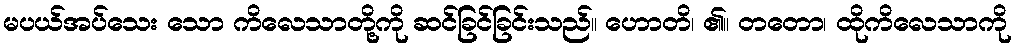
မပယ်အပ်သေး သော ကိလေသာတို့ကို ဆင်ခြင်ခြင်းသည်။ ဟောတိ၊ ၏။ တတော၊ ထိုကိလေသာကို